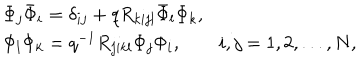
LaTeX: \begin{array} { l } { { \Phi _ { j } \bar { \Phi } _ { i } = \delta _ { i j } + q R _ { k i j l } \bar { \Phi } _ { l } \Phi _ { k } , } } \\ { { \Phi _ { l } \Phi _ { k } = q ^ { - 1 } R _ { j i k l } \Phi _ { j } \Phi _ { i } , \qquad i , j = 1 , 2 , . . . , N , } } \\ \end{array}